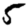
Digit: 5